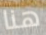
هنا